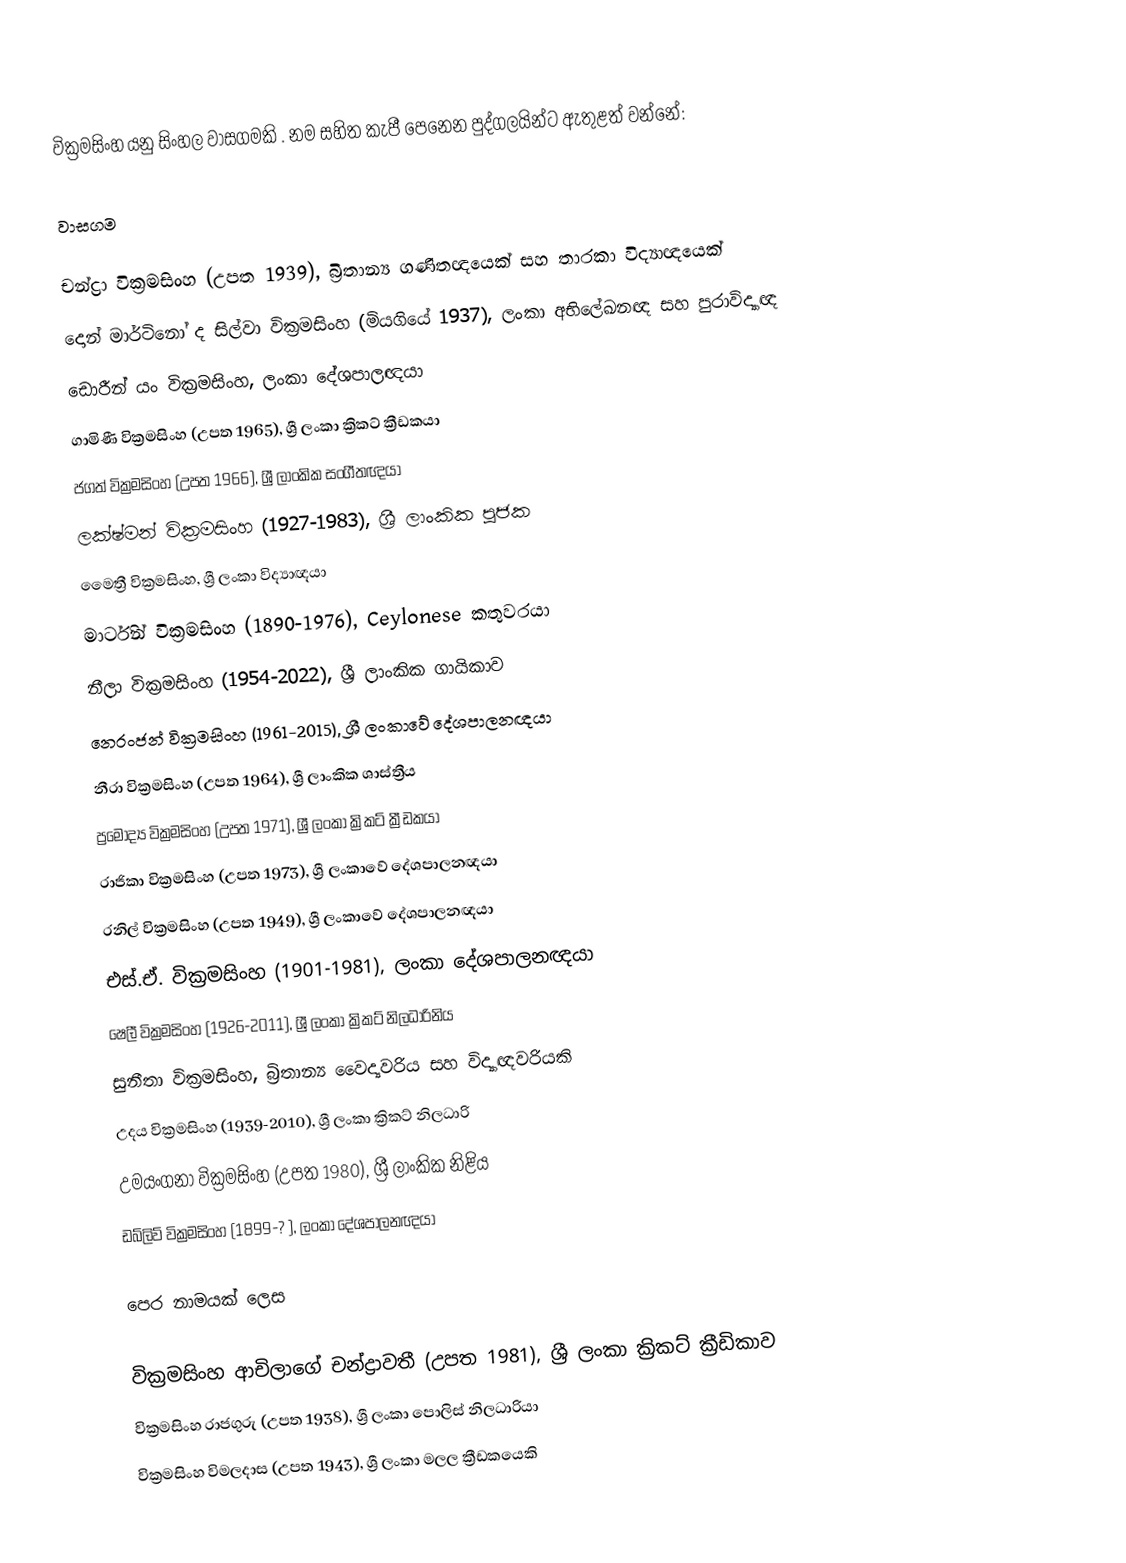
වික්‍රමසිංහ යනු සිංහල වාසගමකි . නම සහිත කැපී පෙනෙන පුද්ගලයින්ට ඇතුළත් වන්නේ:

 වාසගම

 චන්ද්‍රා වික්‍රමසිංහ (උපත 1939), බ්‍රිතාන්‍ය ගණිතඥයෙක් සහ තාරකා විද්‍යාඥයෙක්
 දොන් මාර්ටිනෝ ද සිල්වා වික්‍රමසිංහ (මියගියේ 1937), ලංකා අභිලේඛනඥ සහ පුරාවිද්‍යාඥ
 ඩොරීන් යං වික්‍රමසිංහ, ලංකා දේශපාලඥයා
 ගාමිණී වික්‍රමසිංහ (උපත 1965), ශ්‍රී ලංකා ක්‍රිකට් ක්‍රීඩකයා
 ජගත් වික්‍රමසිංහ (උපත 1966), ශ්‍රී ලාංකික සංගීතඥයා
 ලක්ෂ්මන් වික්‍රමසිංහ (1927-1983), ශ්‍රී ලාංකික පූජක
 මෛත්‍රී වික්‍රමසිංහ, ශ්‍රී ලංකා විද්‍යාඥයා
 මාර්ටින් වික්‍රමසිංහ (1890-1976), Ceylonese කතුවරයා
 නීලා වික්‍රමසිංහ (1954-2022), ශ්‍රී ලාංකික ගායිකාව
 නෙරංජන් වික්‍රමසිංහ (1961-2015), ශ්‍රී ලංකාවේ දේශපාලනඥයා
 නීරා වික්‍රමසිංහ (උපත 1964), ශ්‍රී ලාංකික ශාස්ත්‍රීය
 ප්‍රමෝද්‍ය වික්‍රමසිංහ (උපත 1971), ශ්‍රී ලංකා ක්‍රිකට් ක්‍රීඩකයා
 රාජිකා වික්‍රමසිංහ (උපත 1973), ශ්‍රී ලංකාවේ දේශපාලනඥයා
 රනිල් වික්‍රමසිංහ (උපත 1949), ශ්‍රී ලංකාවේ දේශපාලනඥයා
 එස්.ඒ. වික්‍රමසිංහ (1901-1981), ලංකා දේශපාලනඥයා
 ෂෙලී වික්‍රමසිංහ (1926-2011), ශ්‍රී ලංකා ක්‍රිකට් නිලධාරිනිය
 සුනීතා වික්‍රමසිංහ, බ්‍රිතාන්‍ය වෛද්‍යවරිය සහ විද්‍යාඥවරියකි
 උදය වික්‍රමසිංහ (1939-2010), ශ්‍රී ලංකා ක්‍රිකට් නිලධාරි
 උමයංගනා වික්‍රමසිංහ (උපත 1980), ශ්‍රී ලාංකික නිළිය
 ඩබ්ලිව් වික්‍රමසිංහ (1899-? ), ලංකා දේශපාලනඥයා

 පෙර නාමයක් ලෙස

 වික්‍රමසිංහ ආචිලාගේ චන්ද්‍රාවතී (උපත 1981), ශ්‍රී ලංකා ක්‍රිකට් ක්‍රීඩිකාව
 වික්‍රමසිංහ රාජගුරු (උපත 1938), ශ්‍රී ලංකා පොලිස් නිලධාරියා
 වික්‍රමසිංහ විමලදාස (උපත 1943), ශ්‍රී ලංකා මලල ක්‍රීඩකයෙකි